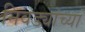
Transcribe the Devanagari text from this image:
निवड्यांच्या